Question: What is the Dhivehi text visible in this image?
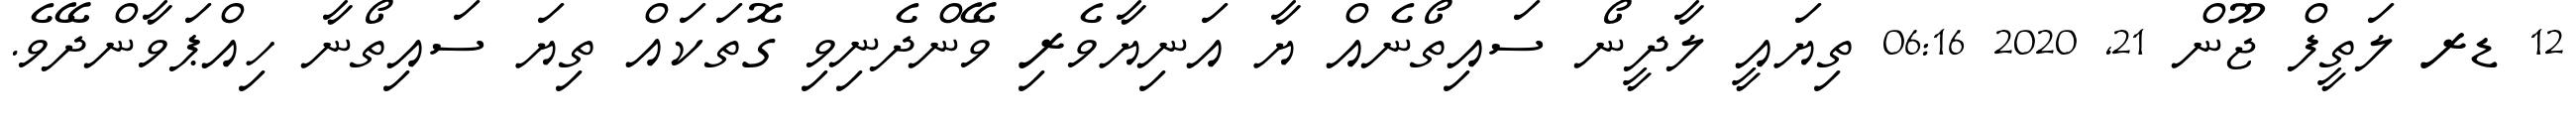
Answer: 12 ޑރ ލަތީފް ޖޫން 21, 2020 06:16 ތިޔައީ ލާދީނޯ ސައިތޯނެއް ޔާ އަނިޔާވެރި ވޭންދެނިވި ގޮތަކައް ތިޔަ ސައިތޯނާ ހިއްޕަވާންދޭވެ.